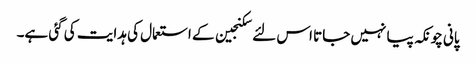
پانی چونکہ پیا نہیں جاتا اس لئے سکنجین کے استعمال کی ہدایت کی گئی ہے۔